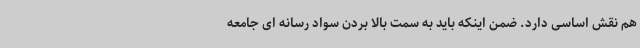
هم نقش اساسی دارد. ضمن اینکه باید به سمت بالا بردن سواد رسانه ای جامعه